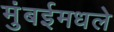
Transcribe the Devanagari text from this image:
मुंबईमधले